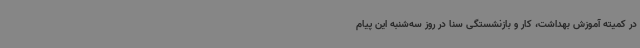
در کمیته آموزش بهداشت، کار و بازنشستگی سنا در روز سه‌شنبه این پیام